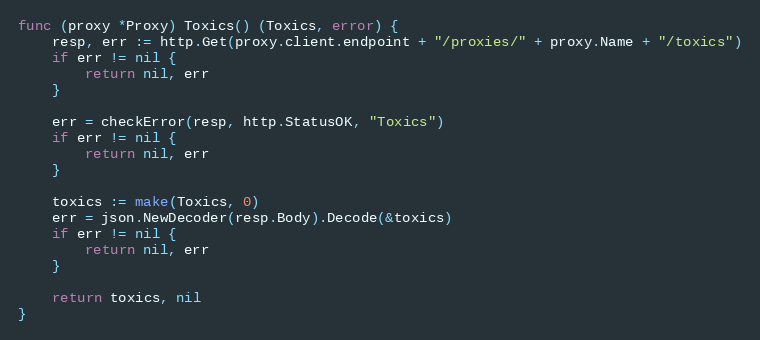
Language: Go
func (proxy *Proxy) Toxics() (Toxics, error) {
	resp, err := http.Get(proxy.client.endpoint + "/proxies/" + proxy.Name + "/toxics")
	if err != nil {
		return nil, err
	}

	err = checkError(resp, http.StatusOK, "Toxics")
	if err != nil {
		return nil, err
	}

	toxics := make(Toxics, 0)
	err = json.NewDecoder(resp.Body).Decode(&toxics)
	if err != nil {
		return nil, err
	}

	return toxics, nil
}